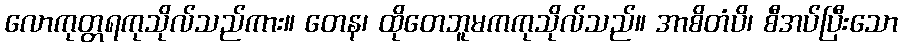
လောကုတ္တရကုသိုလ်သည်ကား။ တေန၊ ထိုတေဘူမကကုသိုလ်သည်။ အာစိတံပိ၊ စီအပ်ပြီးသော